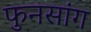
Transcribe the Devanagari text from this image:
फुनसांग